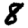
Digit: 8